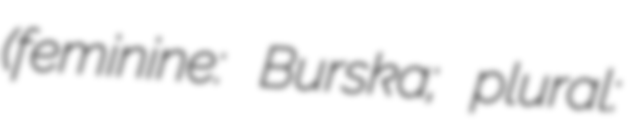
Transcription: (feminine: Burska; plural: